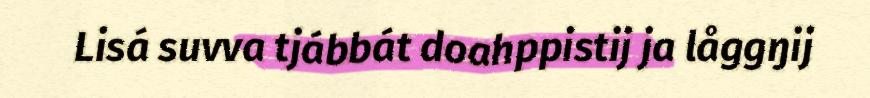
Lisá suvva tjábbát doahppistij ja låggŋij